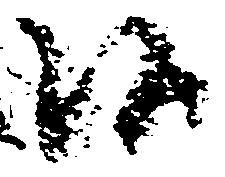
候